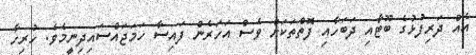
އެއް ދަރިފުޅުގެ ބޫޓާއި ދަބަހާއި ފޮތްތަކަށް ވެސް އަހަރެން ފައިސާ ހަމަޖައްސައިދިނީމެވެ. ހުރިހާ